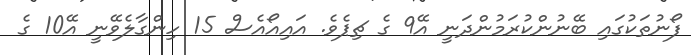
ފޯނުތަކުގައި ބޭނުންކުރަމުންދަނީ އޭ9 ގެ ޗިޕެވެ. އައިއޯއެސް 15 ހިންގާލެވޭނީ އޭ10 ގެ